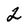
Character: 2